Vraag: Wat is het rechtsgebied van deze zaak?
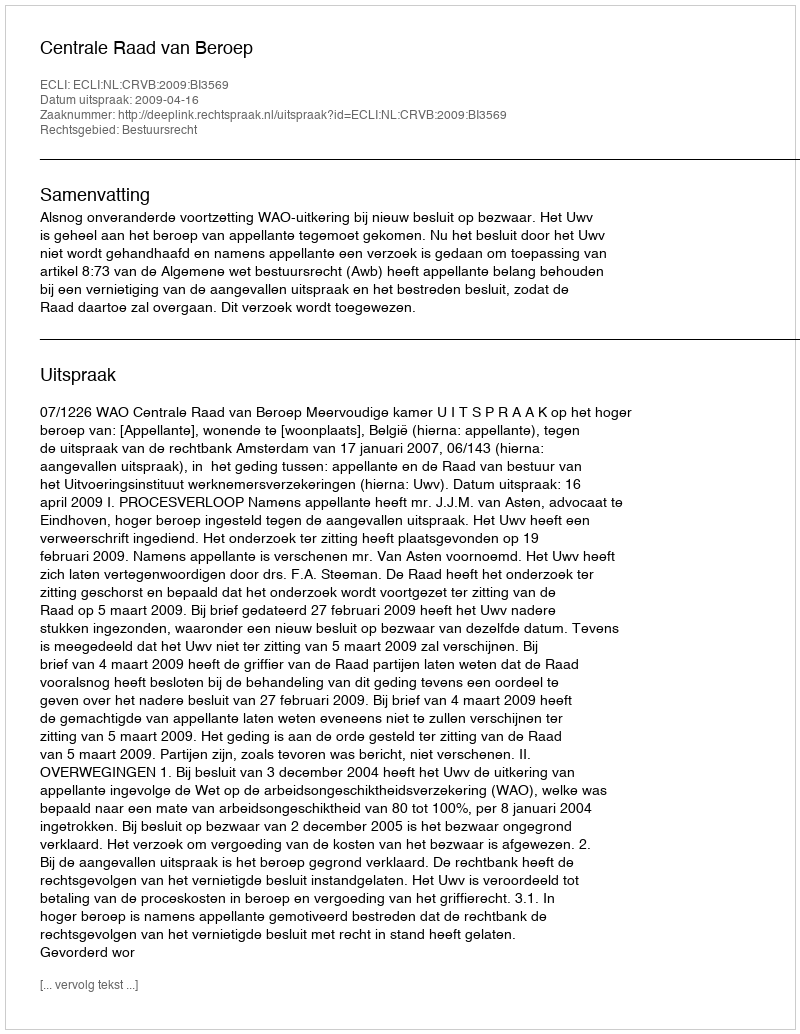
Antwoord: Bestuursrecht